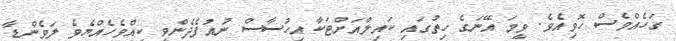
ގަހެއްވެސް ހޮވިއެވެ. ވީމަ އޭނަގެ ހިތުގައި ކައިލްއަށްޓަކާ އިހުސާސް ނުއުފެދެންވީ ކީއްވެހެއްޔެވެ ލަވެންޑާ